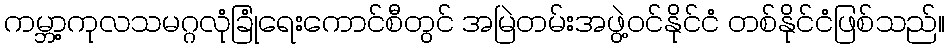
ကမ္ဘာ့ကုလသမဂ္ဂလုံခြုံရေးကောင်စီတွင် အမြဲတမ်းအဖွဲ့ဝင်နိုင်ငံ တစ်နိုင်ငံဖြစ်သည်။